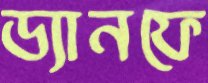
ড্যানফে